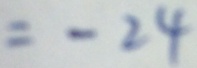
= - 2 4